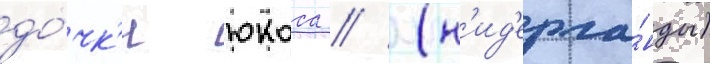
до́чк'и юкоса // (н'ид'ерла́нды)